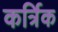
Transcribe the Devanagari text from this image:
कर्त्रिक